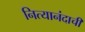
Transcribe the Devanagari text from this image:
नित्यानंदाची